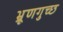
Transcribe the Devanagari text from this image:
भ्रूणगुच्छ